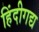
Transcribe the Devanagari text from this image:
हिंदीगद्य